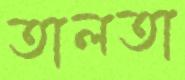
তালতা